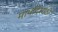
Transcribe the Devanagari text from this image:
मार्यादेसाठी